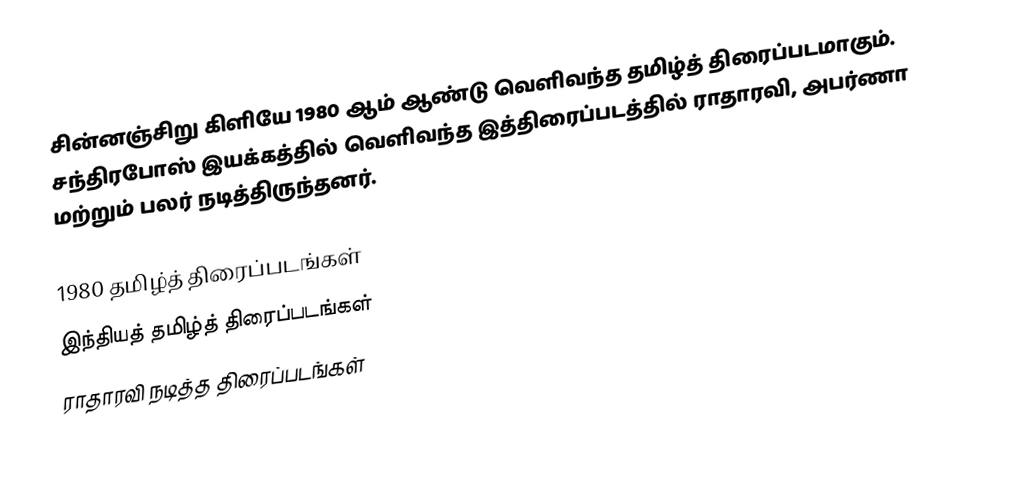
சின்னஞ்சிறு கிளியே 1980 ஆம் ஆண்டு வெளிவந்த தமிழ்த் திரைப்படமாகும். சந்திரபோஸ் இயக்கத்தில் வெளிவந்த இத்திரைப்படத்தில் ராதாரவி, அபர்ணா மற்றும் பலர் நடித்திருந்தனர்.

1980 தமிழ்த் திரைப்படங்கள்
இந்தியத் தமிழ்த் திரைப்படங்கள்
ராதாரவி நடித்த திரைப்படங்கள்